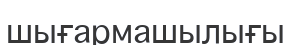
шығармашылығы